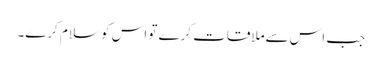
جب اس سےملاقات کرے تو اس کو سلام کرے۔